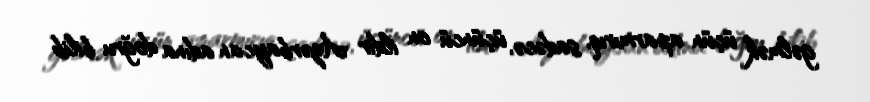
gəlmək üçün aparmırıq, sadəcə, üçüncü on ildir Azərbaycan adına doğru bilib